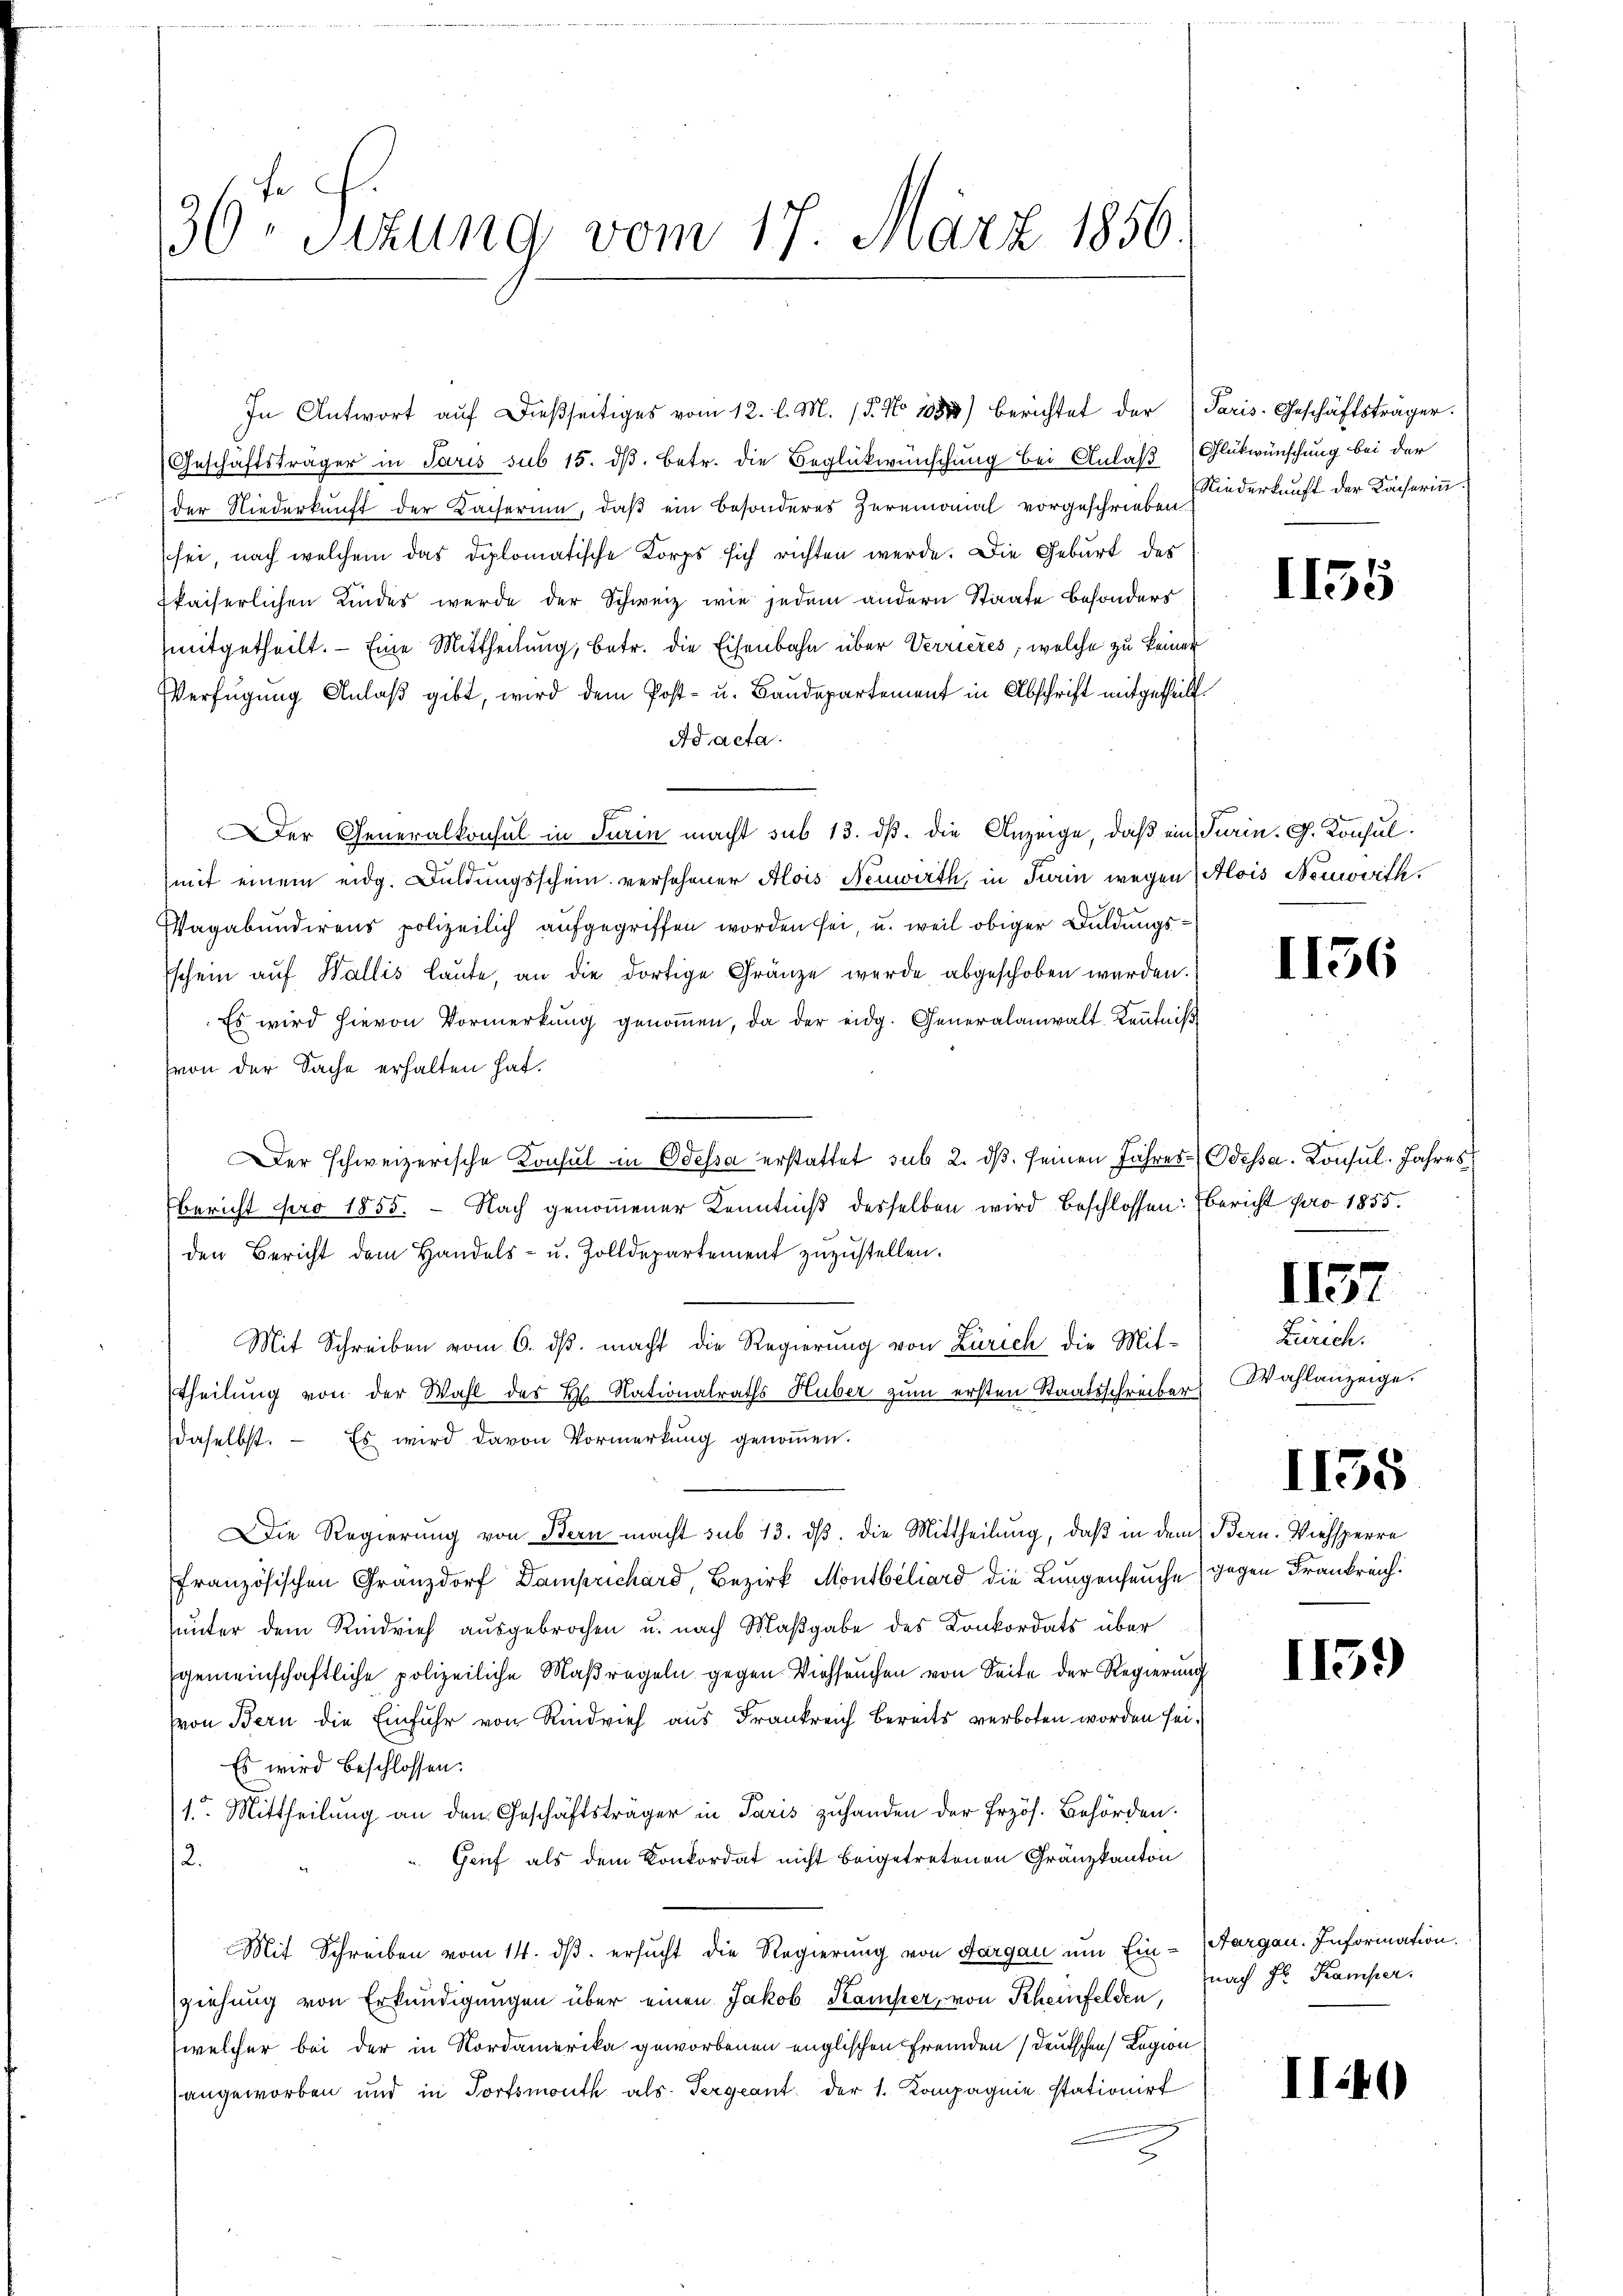
30ten Sizung vom 17. März 1856.

In Antwort aŭf dießseitiges vom 12. l. M. (T. No 1083) berichtet der Paris. Geschäftsträger.
(Geschäftsträger in Paris sub 15. dß. Betr. die Beglückwünschung bei Anlaß Glükwünschung bei der
der Niederkunft der Kacherum, daß ein besonderes Zeremomal vorgeschrieben wiederkunft der Kächerinn
sei, nach welchem das diplomatische Korps sich richten werde. Die Geburt des
fkaiserlichen Kindes werde der Schweiz wie jedem andern Staate besonders
mitgetheilt. — Eine Mittheilung, betr. die Eisenbahn über Verrieres, welche zu keiner
Verfügung Anlaß gibt, wird dem Post- u. Baudepartement in Abschrift mitgetheil
Ad acta.
Der Generalkonsul in Turin macht sub 13. dß. die Anzeige, daß ein Turin. G. Konsulmit einem eidg. Duldungsschein versehener Alois Neuwirth, in Train wegen Alois Neuwirth
Vagabundirens polizeilich aufgegriffen worden sei, u. weil obiger Duldungs¬
Eschein aŭf Wallis laute, an die dortige Gränze wurde abgeschoben werden.
Es wird hievon Vormerkung genommen, da der eidg. Generalanwalt Kenntniß
von der Sache erhalten hat.
Der schweizerische Konsul in Odessa erstattet sub 2. dβ. seinen Jahres Odessa. Konsul Jahres
Bericht pro 1855. - Nach genommener Kenntniß desselben wird beschlossen: bericht pro 1855.
den Bericht dem Handels- u. Zolldepartement zŭzŭstellen.
Mit Schreiben vom 6. ds. macht die Regierung von Zürich die Mit-
theilung von der Wahl des Bl. Nationalraths Huber zum ersten Staatsschreiber
daselbst. — Es wird davon Vormerkung genommen.
Die Regierung von Bern macht sub 13. dß. die Mittheilung, daß in dem Bern. Viehsperre
französischen Granzdorf Damprichard, Bezirk Mondbeliard die Lungenseuche gegen Frankreich.
unter dem Rindvieh ausgebrochen u. nach Maßgabe des Konkordats über
gemeinschaftliche polizeiliche Maßregeln gegen Viehseuchen von Seite der Regierung
von Bern die Einfuhr von Rindvieh aus Frankreich bereits verboten worden sei.
Es wird beschlossen:
1. Mittheilung an den Geschäftsträger in Paris zuhanden der Frzös. Behörden.
Gruf als dem Konkordat nicht beigetretenen Gränzkanton
2.
Mit Schreiben vom 14. ds. ersucht die Regierung von Aargau um Ein- Aargau. Information.
ziehung von Erkundigungen über einen Jakob Kamper, von Rheinfelden,
welcher bei der in Nordamerika geworbenen englischen Fremden Deutschen Legion
angeworben und in Fortsmouth als Tergcant der 1. Kompagnie stationirt
2

1155

1156

1157

Zürich.
Wahlanzeige.

1138

I139)

nach Hr. Kamper.

II40